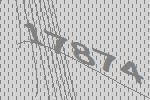
17874